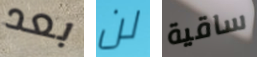
بعد لن ساقية